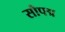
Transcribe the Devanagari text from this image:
सौपद्म